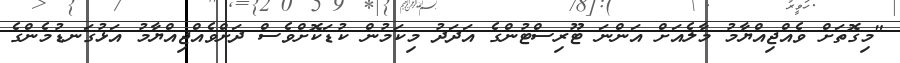
"މިގޮތަށް ވެއްޖިއްޔާމު މާލެއަށް އަންނަ ޓޫރިސްޓުންގެ އަދަދު މިކަމުން ކުޑަކޮށްވެސް ދަށްވެއްޖިއްޔާމު އަޅުގަނޑުމެންގެ